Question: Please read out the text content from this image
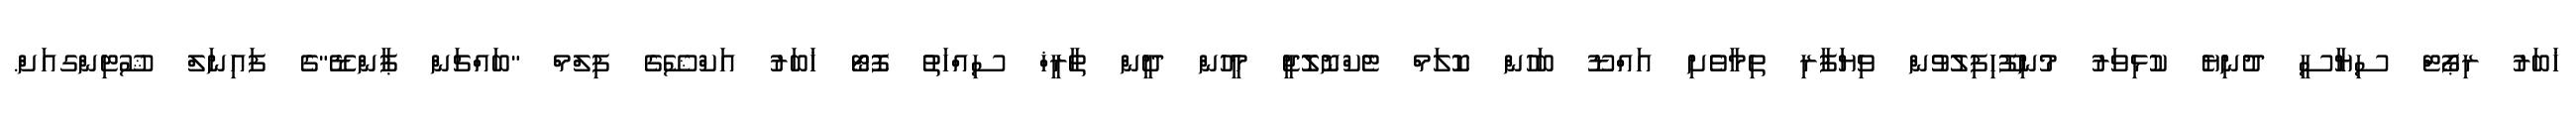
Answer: ޚަބަރު ރިޕޯޓް ސިޔާސީ ދުނިޔެ ކުޅިވަރު މުނިފޫހިފިލުވުން ވިޔަފާރި ތިމާވެށި އައްޑޫ ބަހުން ކޮލަމް ޓެކްނޮލޮޖީ މީހުން ދީން ތާރީޚް ސިއްހަތު ފޮޓޯ ޚަބަރު އަކްޝޭގެ ފިލްމް "ބައްޗަން ޕާންޑޭ"ގެ ފައިނަލް ޝޫޓިންގއަށް.